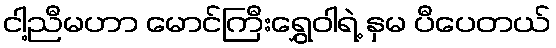
ငါ့ညီမဟာ မောင်ကြီးရွှေဝါရဲ့ နှမ ပီပေတယ်